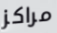
مراكز